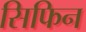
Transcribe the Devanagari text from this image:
सिफिन